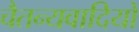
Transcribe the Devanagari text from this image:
चैतन्यवादियों